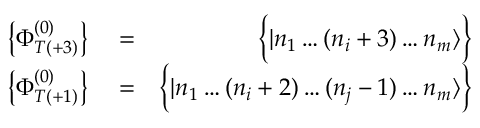
\begin{array} { r l r } { \left\{ \Phi _ { T ( + 3 ) } ^ { ( 0 ) } \right\} } & { { } = } & { \Big \{ | n _ { 1 } \dots ( n _ { i } + 3 ) \dots n _ { m } \rangle \Big \} } \\ { \left\{ \Phi _ { T ( + 1 ) } ^ { ( 0 ) } \right\} } & { { } = } & { \Big \{ | n _ { 1 } \dots ( n _ { i } + 2 ) \dots ( n _ { j } - 1 ) \dots n _ { m } \rangle \Big \} } \end{array}